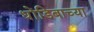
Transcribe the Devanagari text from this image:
धोंडिबाच्या